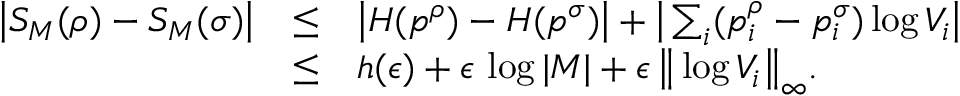
\begin{array} { r c l } { \big | S _ { M } ( \rho ) - S _ { M } ( \sigma ) \big | } & { \leq } & { \big | H ( p ^ { \rho } ) - H ( p ^ { \sigma } ) \big | + \big | \textstyle \sum _ { i } ( p _ { i } ^ { \rho } - p _ { i } ^ { \sigma } ) \log V _ { i } \big | } \\ & { \leq } & { h ( \epsilon ) + \epsilon \, \log | M | + \epsilon \, \big \| \log V _ { i } \big \| _ { \infty } . } \end{array}